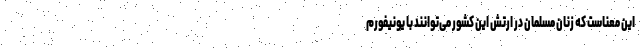
این معناست که زنان مسلمان در ارتش این کشور می‌توانند با یونیفورم‌